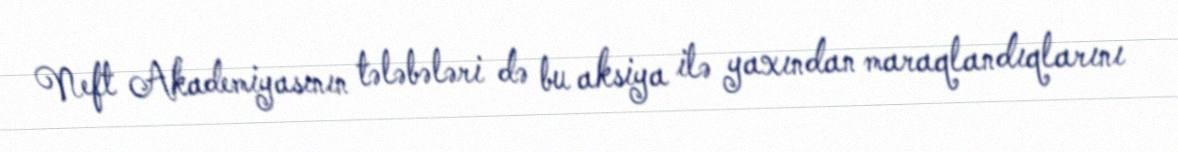
Neft Akademiyasının tələbələri də bu aksiya ilə yaxından maraqlandıqlarını